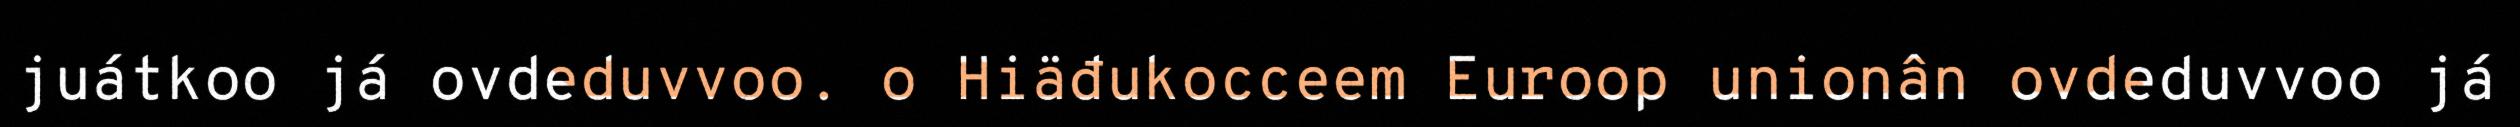
juátkoo já ovdeduvvoo. o Hiäđukocceem Euroop unionân ovdeduvvoo já